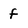
Character: f